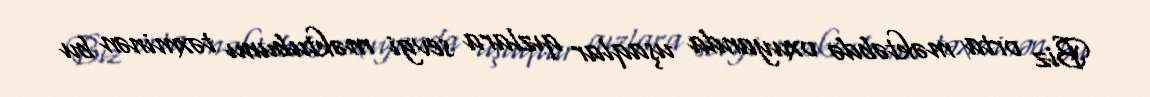
Biz orta məktəbdə oxuyanda uşaqlar qızlara sevgi məktubunu təxminən bu